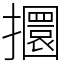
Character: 攌